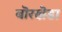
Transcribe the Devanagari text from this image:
बॊरखॆडा